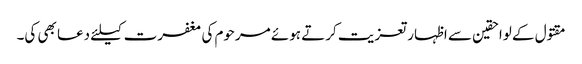
مقتول کے لواحقین سے اظہار تعزیت کرتے ہوئے مرحوم کی مغفرت کیلئے دعا بھی کی۔